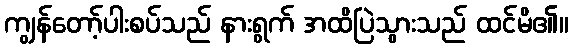
ကျွန်တော့်ပါးစပ်သည် နားရွက် အထိပြဲသွားသည် ထင်မိ၏။